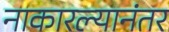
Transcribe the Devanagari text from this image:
नाकारल्यानंतर